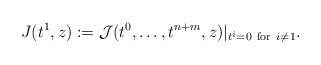
\begin{align*} J(t^1,z):=\mathcal{J}(t^0,\dots,t^{n+m},z)|_{t^i=0\ \mathrm{for}\ i\neq 1}.\end{align*}